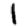
Digit: 1